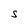
Character: S